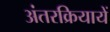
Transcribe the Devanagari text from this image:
अंतरक्रियायें